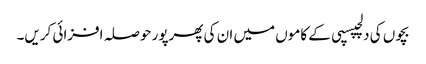
بچوں کی دلچپسپی کے کاموں میں ان کی پھرپور حوصلہ افزائی کریں۔